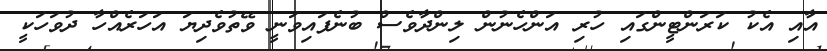
އާއި އެކު ކަރަންޓީންގައި ހުރި އަންހެނުން ލިންދާވެސް ބުނެފައިވަނީ ވޭތުވެދިޔަ އަހަރެއްހާ ދުވަހަކީ